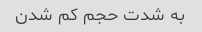
به شدت حجم کم شدن